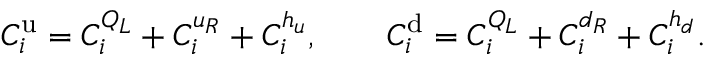
C _ { i } ^ { \mathrm { u } } = C _ { i } ^ { Q _ { L } } + C _ { i } ^ { u _ { R } } + C _ { i } ^ { h _ { u } } , \qquad C _ { i } ^ { \mathrm { d } } = C _ { i } ^ { Q _ { L } } + C _ { i } ^ { d _ { R } } + C _ { i } ^ { h _ { d } } .